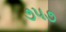
૭૫૭